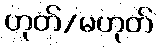
ဟုတ်/မဟုတ်